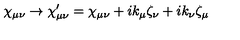
\chi _ { \mu \nu } \rightarrow \chi _ { \mu \nu } ^ { \prime } = \chi _ { \mu \nu } + i k _ { \mu } \zeta _ { \nu } + i k _ { \nu } \zeta _ { \mu }